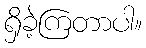
ရှိခဲ့ကြတာပါ။